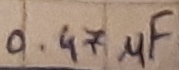
Text: 0.47µF